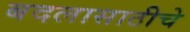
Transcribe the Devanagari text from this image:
बदलासाठीचे